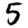
Digit: 5